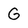
Character: G